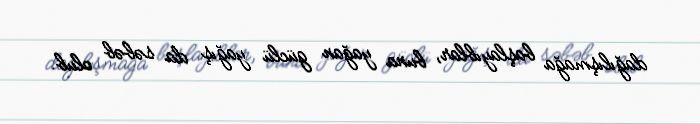
dağılışmağa başlayıblar, buna yağan güclü yağış da səbəb olub.